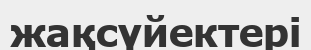
жақсүйектері